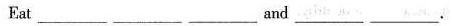
Eat ___ and ___.